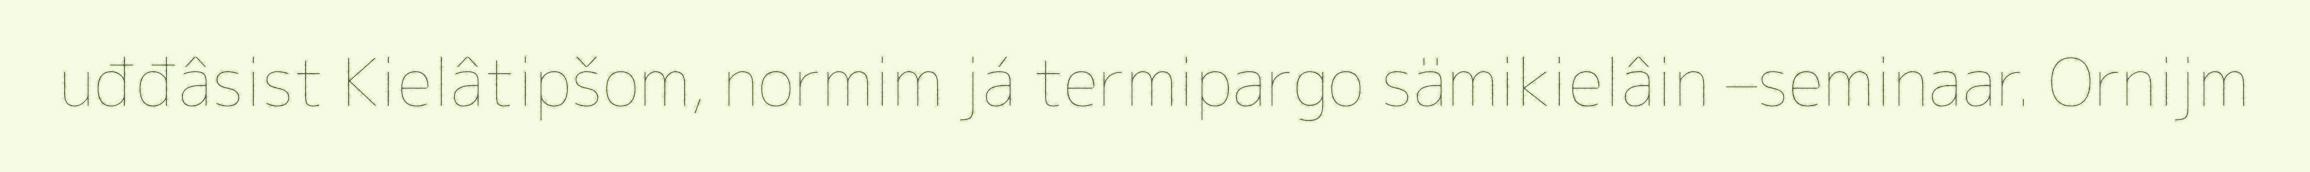
uđđâsist Kielâtipšom, normim já termipargo sämikielâin –seminaar. Ornijm